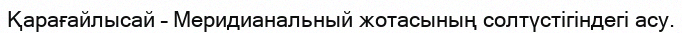
Қарағайлысай – Меридианальный жотасының солтүстігіндегі асу.